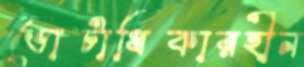
ভোটাধিকারহীন